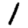
Digit: 1